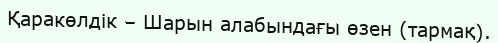
Қаракөлдік – Шарын алабындағы өзен (тармақ).